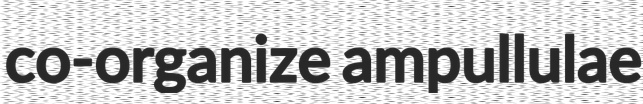
co-organize ampullulae